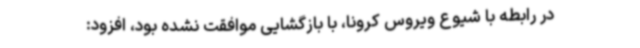
در رابطه با شیوع ویروس کرونا، با بازگشایی موافقت نشده‌ بود، افزود: